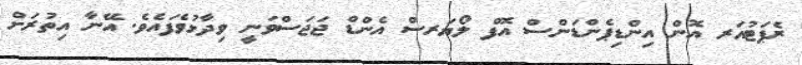
ރެޕަޓުއަރ އޮން އިންޑިޕެންޑަންސް އޮފް ލޯޔަރސް އެންޑް ޖަޖަސްވަނީ ވިދާޅުވެފައެވެ. އޭނާ އިތުރަށް